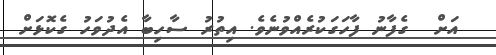
އަށް  ގެފާނު ފާހަގަކުރެއްވުނެވެ. އިތުރު ސާހިބާ އެދުވަހު ގެކޮޅަށް